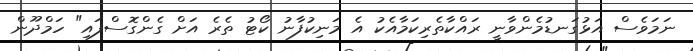
ނަމަވެސް އަޅުގަނޑުމެންވާނީ ރައްކާތެރިކަމާއެކު އެ މަނިކުފާނު ކޯޓު ތެރެ އަށް ގެންގޮސްފައި" ހަމްދޫން